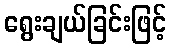
ရွေးချယ်ခြင်းဖြင့်